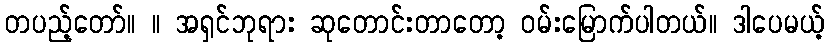
တပည့်တော်။ ။ အရှင်ဘုရား ဆုတောင်းတာတော့ ဝမ်းမြောက်ပါတယ်။ ဒါပေမယ့်